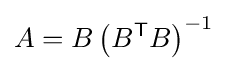
A=B\left(B^{\mathsf {T}}B\right)^{-1}